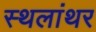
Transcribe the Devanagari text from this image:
स्थलांथर